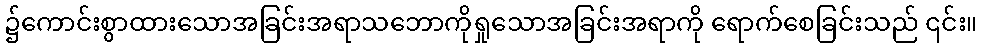
၌ကောင်းစွာထားသောအခြင်းအရာသဘောကိုရှုသောအခြင်းအရာကို ရောက်စေခြင်းသည် ၎င်း။